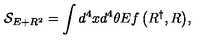
{ \mathcal { S } } _ { E + R ^ { 2 } } = \int { d ^ { 4 } x d ^ { 4 } \theta E f \left( R ^ { \dagger } , R \right) } ,